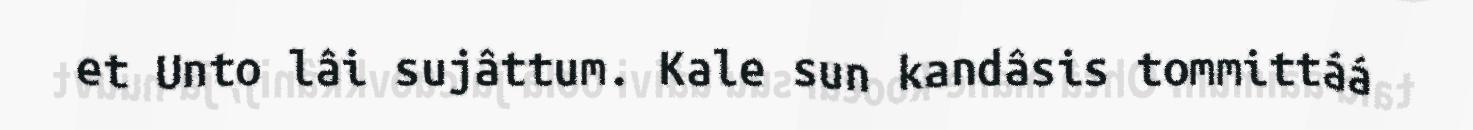
et Unto lâi sujâttum. Kale sun kandâsis tommittáá